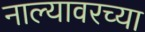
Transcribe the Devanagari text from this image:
नाल्यावरच्या